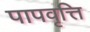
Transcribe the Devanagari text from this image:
पापवृत्ति